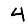
Digit: 4